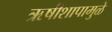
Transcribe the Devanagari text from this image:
ऋषीशापामुळे